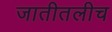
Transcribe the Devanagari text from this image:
जातीतलीच